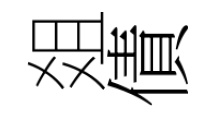
爼債